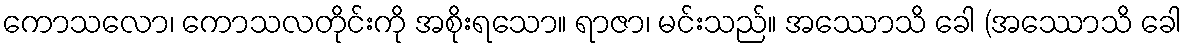
ကောသလော၊ ကောသလတိုင်းကို အစိုးရသော။ ရာဇာ၊ မင်းသည်။ အဿောသိ ခေါ (အဿောသိ ခေါ